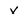
Character: V